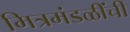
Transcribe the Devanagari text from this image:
मित्रमंडळींची